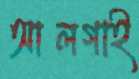
আলগাই